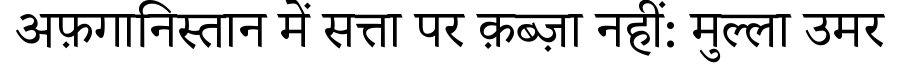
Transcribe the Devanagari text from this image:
अफ़गानिस्तान में सत्ता पर क़ब्ज़ा नहीं: मुल्ला उमर